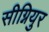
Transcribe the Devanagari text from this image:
सीग्नियुर